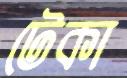
টেকা